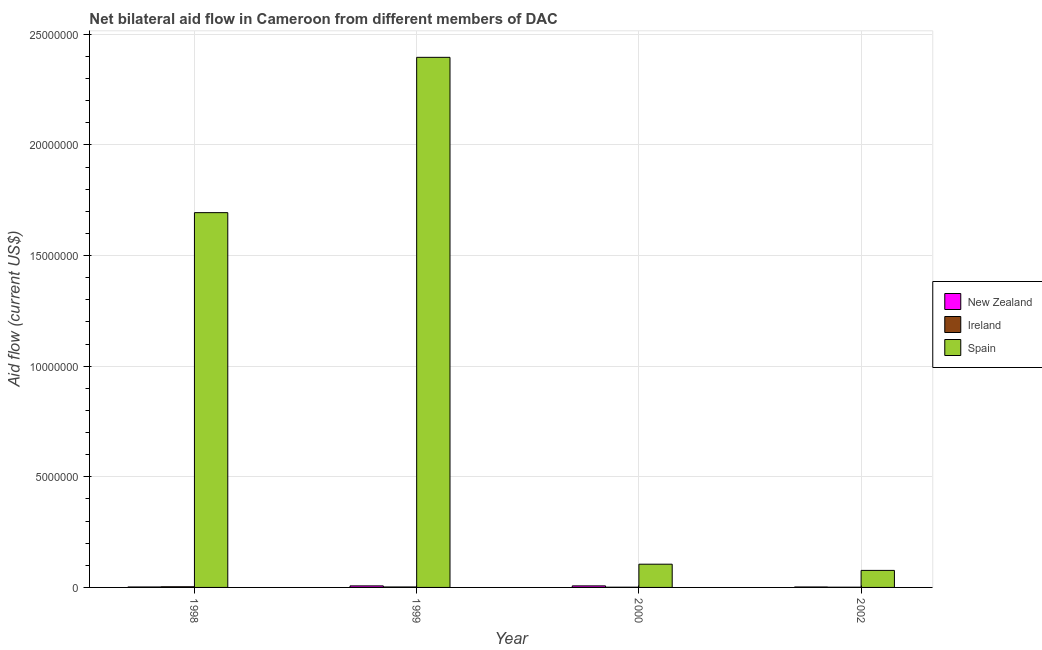
| Year | New Zealand | Ireland | Spain |
 | --- | --- | --- | --- |
 | 1998 | 2e+04 | 3e+04 | 1.69e+07 |
 | 1999 | 7e+04 | 2e+04 | 2.4e+07 |
 | 2000 | 7e+04 | 1e+04 | 1.05e+06 |
 | 2002 | 2e+04 | 1e+04 | 7.7e+05 |